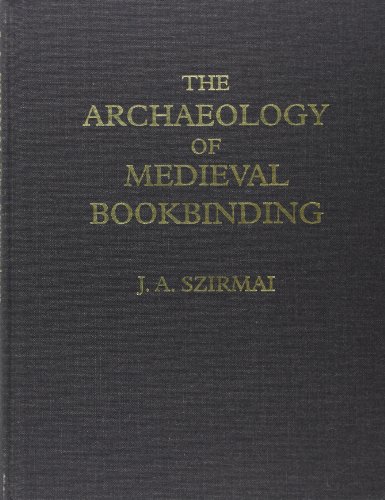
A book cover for The Archaeology of Medieval Bookbinding; J. A. Szirmai; Computers & Technology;